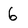
Character: 6